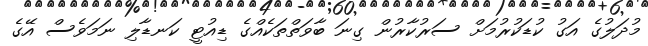
މުދަލުގެ އަގު ކުޑަކުރުމަށް ސަރުކާރުން ގިނަ ބާވަތްތަކެއްގެ ޑިއުޓީ ކަނޑާލި ނަމަވެސް އޭގެ